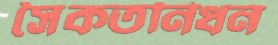
সৈকতনিধন